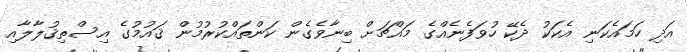
އަދި ހަމައެކަނި އެކަކު ދެކޭ ހުވަފެނެއްގެ މައްޗަށް ބިނާވެގެން ކަންތައްކުރުމުން ޤައުމުގެ އިސްތިޤުލާލާއި